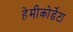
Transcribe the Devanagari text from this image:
हेमीकोर्डेटा